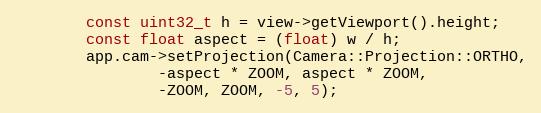
Language: C++
        const uint32_t h = view->getViewport().height;
        const float aspect = (float) w / h;
        app.cam->setProjection(Camera::Projection::ORTHO,
                -aspect * ZOOM, aspect * ZOOM,
                -ZOOM, ZOOM, -5, 5);